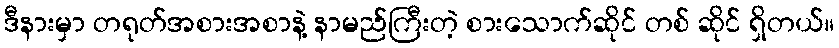
ဒီနားမှာ တရုတ်အစားအစာနဲ့ နာမည်ကြီးတဲ့ စားသောက်ဆိုင် တစ် ဆိုင် ရှိတယ်။